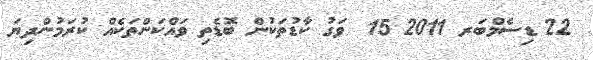
22 ޑިސެމްބަރ 2011 15  ވަގު ކާޑުތަކުން ބޮޑެތި ވައްކަންތަކެއް ކުރަމުންދިޔަ